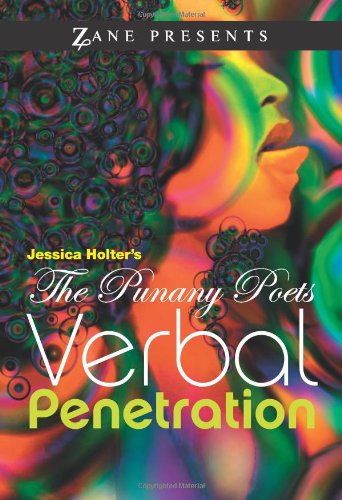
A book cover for Verbal Penetration: Punany Poets; Jessica Holter; Romance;